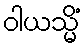
ဝါယသ္မိံ